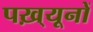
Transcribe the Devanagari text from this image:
पख़्यूनों